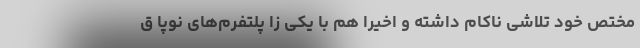
مختص خود تلاشی ناکام داشته و اخیرا هم با یکی زا پلتفرم‌های نوپا ق